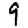
Digit: 9